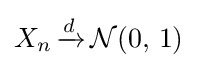
X_{n}\,{\xrightarrow {d}}\,{\mathcal {N}}(0,\,1)